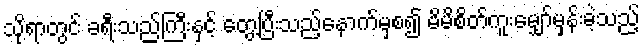
သို့ရာတွင် ခရီးသည်ကြီးနှင့် တွေ့ပြီးသည့်နောက်မှစ၍ မိမိစိတ်ကူးမျှော်မှန်းခဲ့သည့်